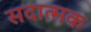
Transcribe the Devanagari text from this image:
सदात्मक